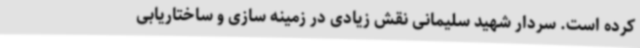
کرده است. سردار شهید سلیمانی نقش زیادی در زمینه سازی و ساختاریابی